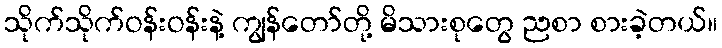
သိုက်သိုက်ဝန်းဝန်းနဲ့ ကျွန်တော်တို့ မိသားစုတွေ ညစာ စားခဲ့တယ်။